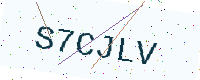
Text: S7CJLV